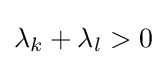
\lambda _{k}+\lambda _{l}>0